Indian journal of veterinary science and animal husbandry - Volume 10,
Year: 1940
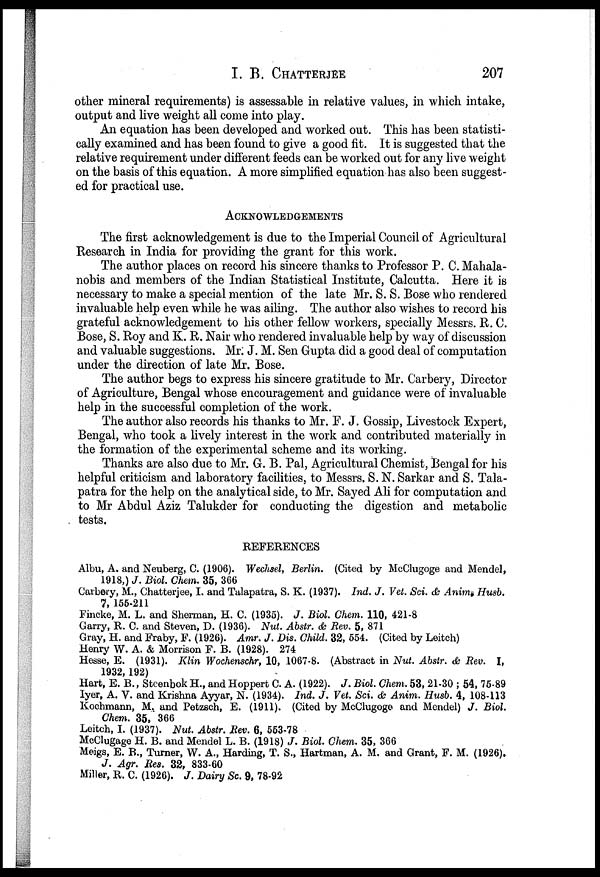
I. B.
CHATTERJEE
207
other mineral requirements) is assessable in relative values, in which intake,
output and live weight all come into play.
An equation has been developed and worked out. This has been statisti-
cally examined and has been found to give a good fit. It is suggested that the
relative requirement under different feeds can be worked out for any live weight
on the basis of this equation. A more simplified equation has also been suggest-
ed for practical use.
ACKNOWLEDGEMENTS
The first acknowledgement is due to the Imperial Council of Agricultural
Research in India for providing the grant for this work.
The author places on record his sincere thanks to Professor P. C. Mahala-
nobis and members of the Indian Statistical Institute, Calcutta. Here it is
necessary to make a special mention of the late Mr. S. S. Bose who rendered
invaluable help even while he was ailing. The author also wishes to record his
grateful acknowledgement to his other fellow workers, specially Messrs. R. C.
Bose, S. Roy and K. R. Nair who rendered invaluable help by way of discussion
and valuable suggestions. Mr. J. M. Sen Gupta did a good deal of computation
under the direction of late Mr. Bose.
The author begs to express his sincere gratitude to Mr. Carbery, Director
of Agriculture, Bengal whose encouragement and guidance were of invaluable
help in the successful completion of the work.
The author also records his thanks to Mr. F. J. Gossip, Livestock Expert,
Bengal, who took a lively interest in the work and contributed materially in
the formation of the experimental scheme and its working.
Thanks are also due to Mr. G. B. Pal, Agricultural Chemist, Bengal for his
helpful criticism and laboratory facilities, to Messrs. S. N. Sarkar and S. Tala-
patra for the help on the analytical side, to Mr. Sayed Ali for computation and
to Mr Abdul Aziz Talukder for conducting the digestion and metabolic
tests.
REFERENCES
Albu, A. and Neuberg, C. (1906). Wechsel, Berlin. (Cited by McClugoge and Mendel,
1918,) J. Biol. Chem. 35, 366
Carbery, M., Chatterjee, I. and Talapatra, S. K. (1937). Ind. J. Vet. Sci. & Anim. Husb.
7, 155-211
Fincke, M. L. and Sherman, H. C. (1935). J. Biol. Chem. 110, 421-8
Garry, R. C. and Steven, D. (1936). Nut. Abstr. & Rev. 5, 871
Gray, H. and Fraby, F. (1926). Amr. J. Dis. Child. 32, 554. (Cited by Leitch)
Henry W. A. & Morrison F. B. (1928). 274
Hesse, E. (1931). Klin Wochenschr, 10, 1067-8. (Abstract in Nut. Abstr. & Rev. I,
1932, 192)
Hart, E. B., Steenbok H., and Hoppert C. A. (1922). J. Biol. Chem. 53, 21-30 ; 54, 75-89
Iyer, A. V. and Krishna Ayyar, N. (1934). Ind. J. Vet. Sci. & Anim. Husb. 4, 108-113
Kochmann, M. and Petzsch, E. (1911). (Cited by McClugoge and Mendel) J. Biol.
Chem. 35, 366
Leitch, I. (1937). Nut. Abstr. Rev. 6, 553-78
McClugage H. B. and Mendel L. B. (1918) J. Biol. Chem. 35, 366
Meigs, E. B., Turner, W. A., Harding, T. S., Hartman, A. M. and Grant, F. M. (1926).
J. Agr. Res. 32, 833-60
Miller, R. C. (1926). J. Dairy Sc. 9, 78-92